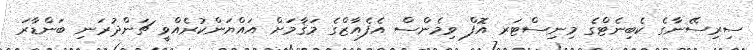
ސިރިސޭނާގެ ކެބިނެޓްގެ މިނިސްޓަރ އޮފް ވިމެންސް އެފެއާޒްގެ މަޤާމަށް އައްޔަންކުރެއްވީ ޗަންދުރަނި ބަންޑާރަ